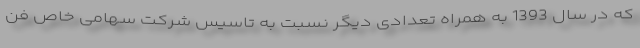
که در سال 1393 به همراه تعدادی دیگر نسبت به تاسیس شرکت سهامی خاص فن